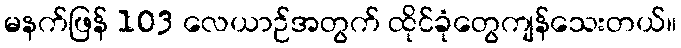
မနက်ဖြန် 103 လေယာဉ်အတွက် ထိုင်ခုံတွေကျန်သေးတယ်။